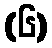
(၆)